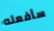
سأفعله